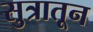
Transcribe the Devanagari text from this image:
सुत्रातून